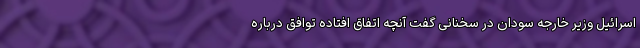
اسرائیل وزیر خارجه سودان در سخنانی گفت آنچه اتفاق افتاده توافق درباره